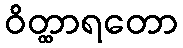
ဝိတ္ထာရတော